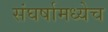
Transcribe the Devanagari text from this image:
संघर्षामध्येच